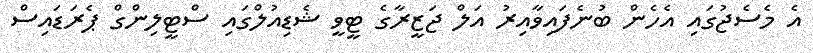
އެ މެސެޖުގައި އެހެން ބުނެފައިވާއިރު އަލް ޖަޒީރާގެ ޓީވީ ޝެޑިއުލްގައި ސްޓީލިންގް ޕެރަޑައިސް